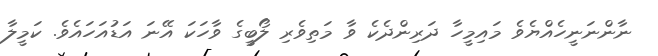
ނާންނަނީހެއްޔެވެ މައިމީހާ ދަރިންދެކެ ވާ މަތިވެރި ލޯބީގެ ވާހަކަ އޭނަ އަޑުއަހައެވެ. ކަމީލާ